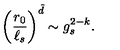
\left( { \frac { r _ { 0 } } { \ell _ { s } } } \right) ^ { \tilde { d } } \sim g _ { s } ^ { 2 - k } .